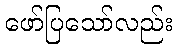
ဖော်ပြသော်လည်း